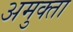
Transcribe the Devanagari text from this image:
अमुक्ता